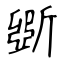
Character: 斲